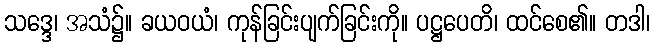
သဒ္ဒေ၊ အသံ၌။ ခယဝယံ၊ ကုန်ခြင်းပျက်ခြင်းကို။ ပဋ္ဌပေတိ၊ ထင်စေ၏။ တဒါ၊